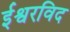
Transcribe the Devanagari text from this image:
ईश्वरविद